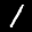
Label: 1